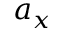
a _ { x }